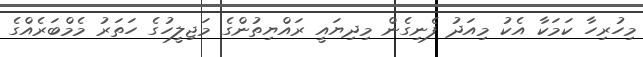
މިހުރިހާ ކަމަކާ އެކު މިއަދު ފެނިގެން މިދިޔައީ ރައްޔިތުންގެ މަޖިލީހުގެ ހަތަރު މެމްބަރެއްގެ